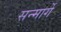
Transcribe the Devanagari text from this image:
सन्मार्गे